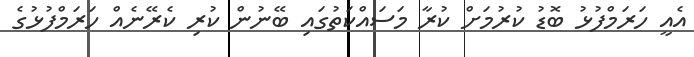
އެއީ ހަރަމްފުޅު ބޮޑު ކުރުމަށް ކުރާ މަސައްކަތުގައި ބޭނުން ކުރި ކެރޭނެއް ހަރަމްފުޅުގެ